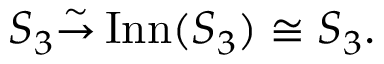
S _ { 3 } { \overset { \sim } { \to } } \operatorname { I n n } ( S _ { 3 } ) \cong S _ { 3 } .